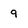
Character: 9